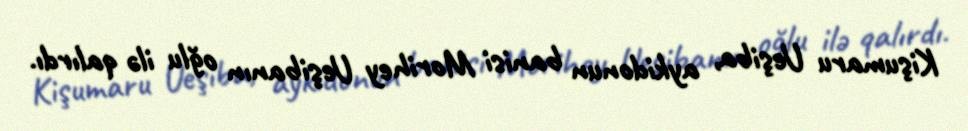
Kişumaru Ueşiba, aykidonun banisi Morihey Ueşibanın oğlu ilə qalırdı.